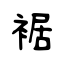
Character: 裾